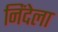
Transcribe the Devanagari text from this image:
निंदेला